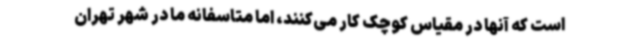
است که آنها در مقیاس کوچک کار می‌کنند، اما متاسفانه ما در شهر تهران